King Institute of Preventive Medicine Micro-Biological Section reports 1909-11
Year: 1909
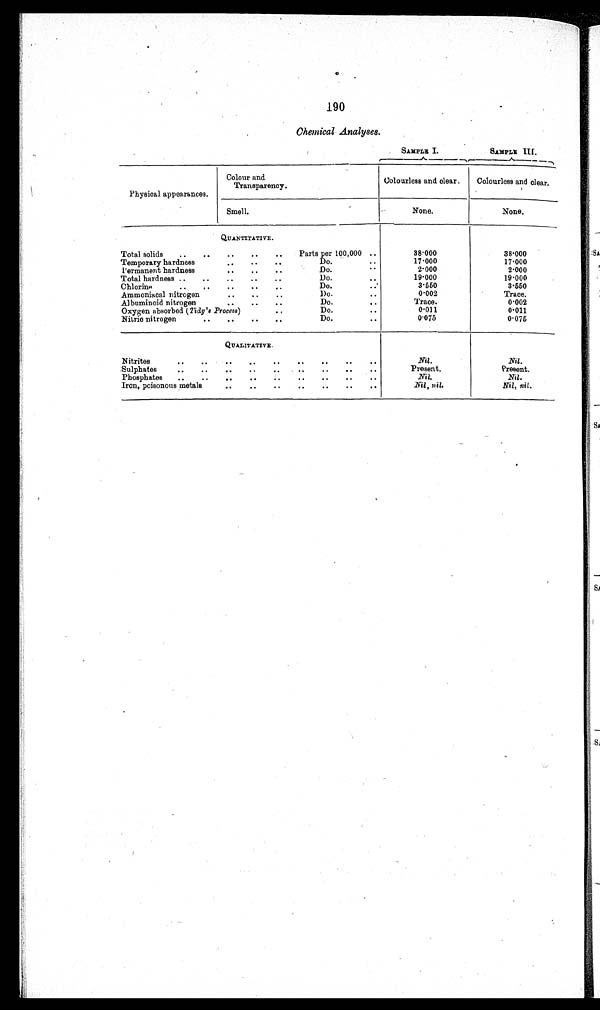
190
Chemical Analyses.
SAMPLE I.
SAMPLE III.
Physical appearances.
Colour and
Transparency.
Colourless and clear.
Colourless and clear.
Smell.
None.
None.
QUANTITATIVE.
Total solids
Parts per 100,000
38·000
38·000
Temporary hardness
Do.
17·000
17·000
Permanent hardness
Do.
2·000
2·000
Total hardness
Do.
19·000
19·000
Chlorine
Do.
3·550
3·550
Ammoniacal nitrogen
Do.
0·002
Trace.
Albuminoid nitrogen
Do
Trace.
0·002
Oxygen absorbed (Tidy's Process)
Do.
0·011
0·011
Nitric nitrogen
Do.
0·075
0·075
QUALITATIVE.
Nitrites
Nil.
Nil.
Sulphates
Present.
Present.
Phosphates
Nil.
Nil.
Iron, poisonous metals
Nil, nil.
Nil, nil.